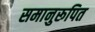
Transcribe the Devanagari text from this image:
समानुरूपित